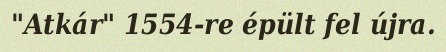
"Atkár" 1554-re épült fel újra.